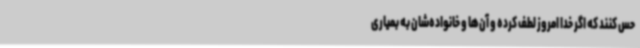
حس کنند که اگر خدا امروز لطف کرده و آن‌ها و خانواده‌شان به بمیاری